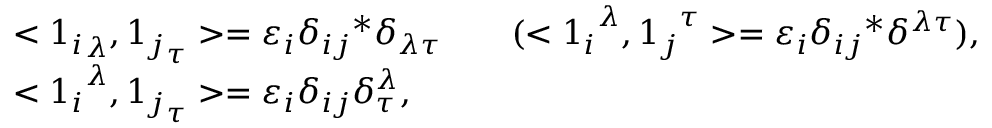
\begin{array} { l l } { { < { \O 1 _ { i } } _ { \lambda } , { \O 1 _ { j } } _ { \tau } > = \varepsilon _ { i } \delta _ { i j } { } ^ { * } \delta _ { \lambda \tau } \qquad ( < { \O 1 _ { i } } ^ { \lambda } , { \O 1 _ { j } } ^ { \tau } > = \varepsilon _ { i } \delta _ { i j } { } ^ { * } \delta ^ { \lambda \tau } ) , } } \\ { { < { \O 1 _ { i } } ^ { \lambda } , { \O 1 _ { j } } _ { \tau } > = \varepsilon _ { i } \delta _ { i j } \delta _ { \tau } ^ { \lambda } , } } \end{array}